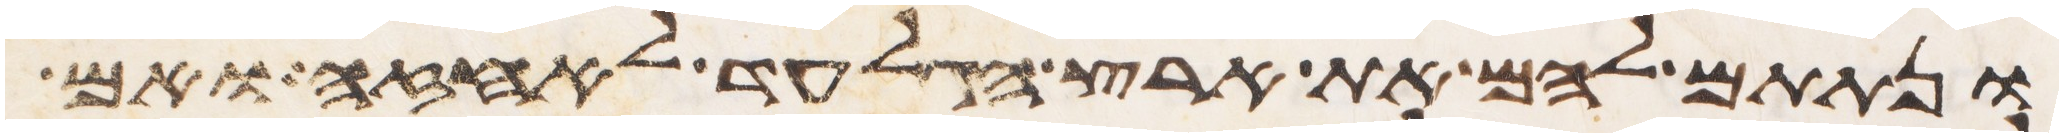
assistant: ונתתם להם את ארץ הגלעד לאחזה ואם